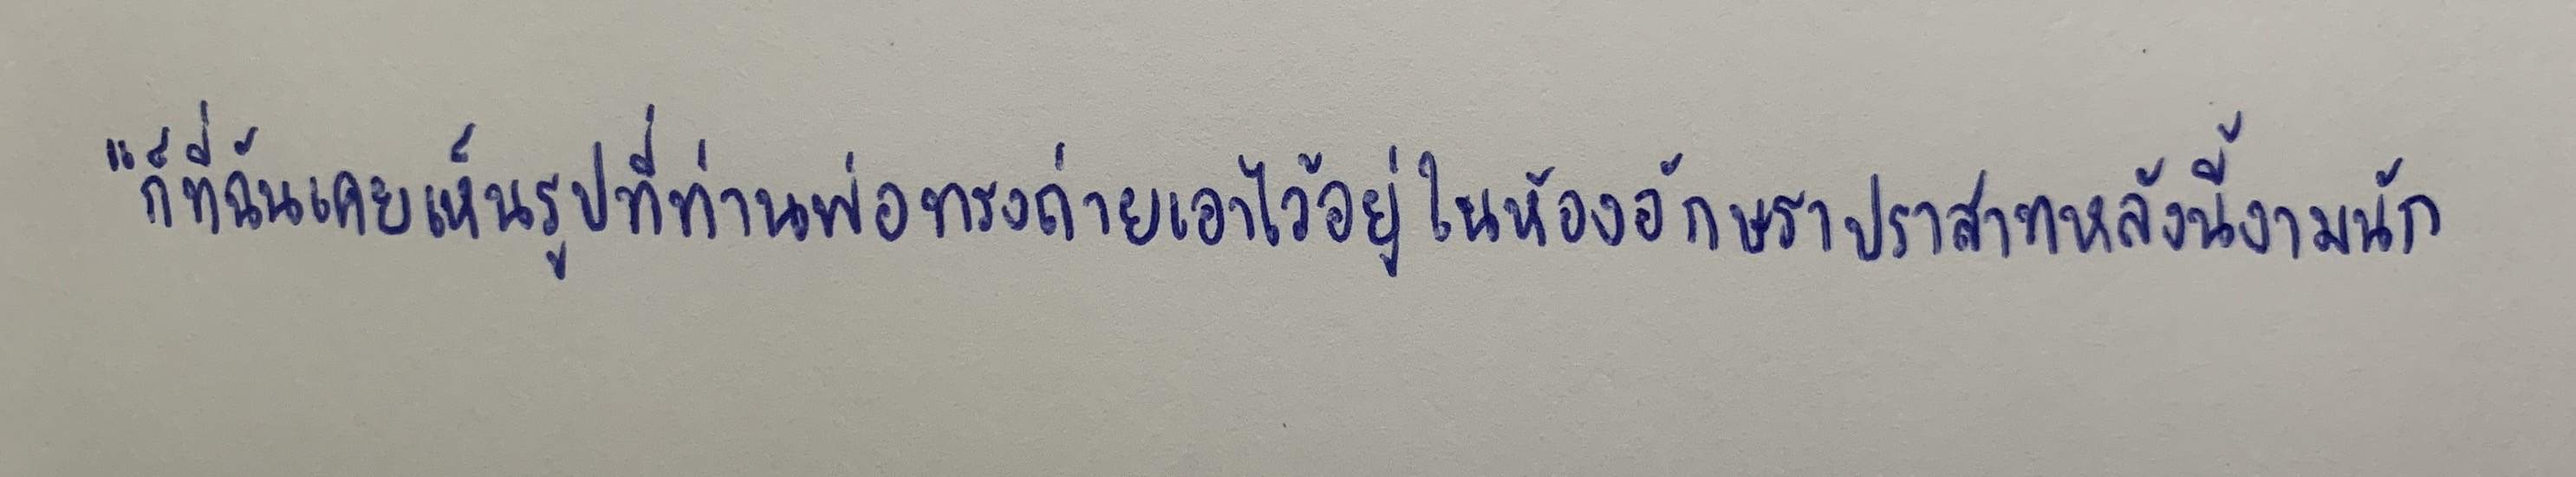
"ก็ที่ฉันเคยเห็นรูปที่ท่านพ่อทรงถ่ายเอาไว้อยู่ในห้องอักษราปราสาทหลังนี้งามนัก